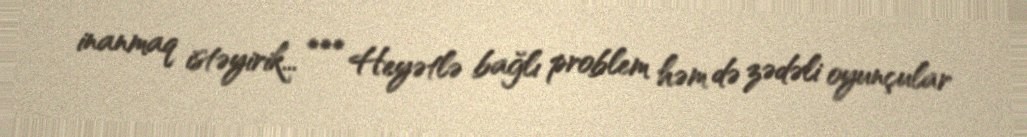
inanmaq istəyirik... *** Heyətlə bağlı problem həm də zədəli oyunçular